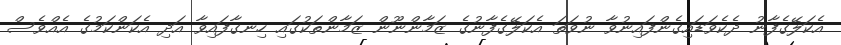
އެކަލޭގެފާނު ދެކެވަޑައިގެންފައިނުވާ ނުވަތަ އެކަލޭގެފާނުގެ ޒަމާންނޫން ޒަމާންތަކުގައި ހިނގާފައިވާ އަދި އެކަންކަމުގެ އެއްވެސް